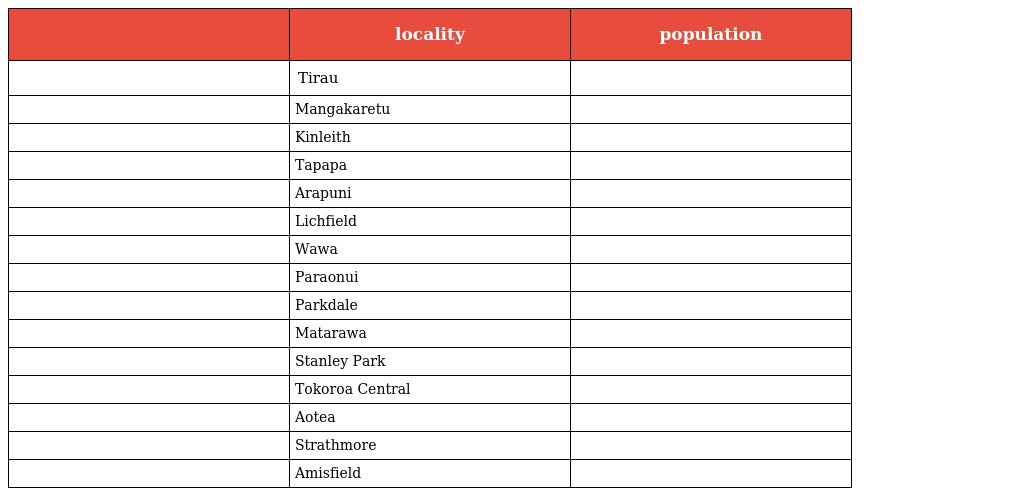
|  | locality | population |
 | --- | --- | --- |
 |  | Tirau |  |
 |  | Mangakaretu |  |
 |  | Kinleith |  |
 |  | Tapapa |  |
 |  | Arapuni |  |
 |  | Lichfield |  |
 |  | Wawa |  |
 |  | Paraonui |  |
 |  | Parkdale |  |
 |  | Matarawa |  |
 |  | Stanley Park |  |
 |  | Tokoroa Central |  |
 |  | Aotea |  |
 |  | Strathmore |  |
 |  | Amisfield |  |